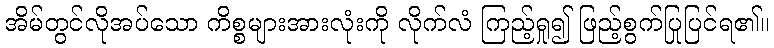
အိမ်တွင်လိုအပ်သော ကိစ္စများအားလုံးကို လိုက်လံ ကြည့်ရှု၍ ဖြည့်စွက်ပြုပြင်ရ၏။